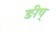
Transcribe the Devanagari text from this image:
ङीष्